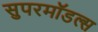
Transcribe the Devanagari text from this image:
सुपरमॉडल्स